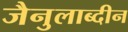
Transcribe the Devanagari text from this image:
जैनुलाब्दीन